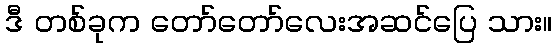
ဒီ တစ်ခုက တော်တော်လေးအဆင်ပြေ သား။